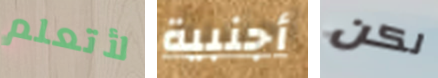
لأتعلم أجنبية لكن